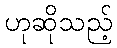
ဟုဆိုသည့်